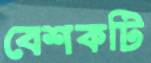
বেশকটি